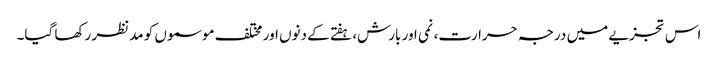
اس تجزیے میں درجہ حرارت، نمی اور بارش، ہفتے کے دنوں اور مختلف موسموں کو مدنظر رکھا گیا۔